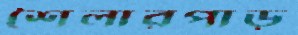
শৈলারপাড়